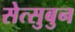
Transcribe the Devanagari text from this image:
सेत्सुबुन